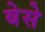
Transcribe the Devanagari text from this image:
बेसे